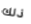
ذلك